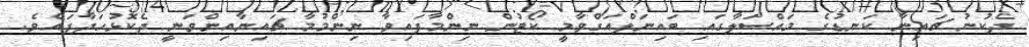
ދެކުނު ޗައިނާ ކަނޑުގެ މައްސަލާގައި ބައިނަލްއަގްވާމީ ކޯޓުން ނިންމާފައިވާ ނިންމުމާ ޗައިނާއިންވަނީ ދެކޮޅުހަދާފައެވެ.